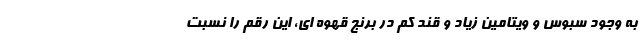
به وجود سبوس و ویتامین زیاد و قند کم در برنج قهوه ای، این رقم را نسبت